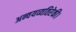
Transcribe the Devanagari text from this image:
अन्वयव्यतिरेकी।